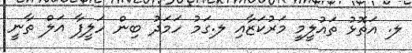
ލ. އަތޮޅު ތައުލީމީ މަރުކަޒާއި ލ.ގަމު ހަމަދު ބިން ހަލީފާ އަލް ތާނީ